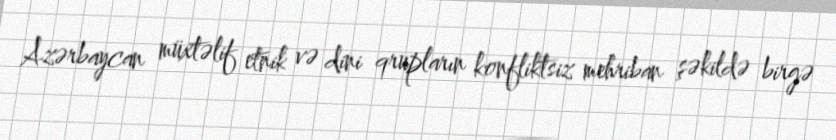
Azərbaycan müxtəlif etnik və dini qrupların konfliktsiz mehriban şəkildə birgə